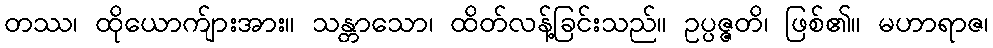
တဿ၊ ထိုယောက်ျားအား။ သန္တာသော၊ ထိတ်လန့်ခြင်းသည်။ ဥပ္ပဇ္ဇတိ၊ ဖြစ်၏။ မဟာရာဇ၊